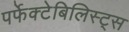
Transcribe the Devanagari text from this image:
पर्फेक्टेबिलिस्ट्स